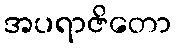
အပရာဇိတော